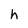
Character: h